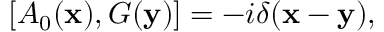
[ A _ { 0 } ( { \bf x } ) , G ( { \bf y } ) ] = - i \delta ( { \bf x - y } ) ,